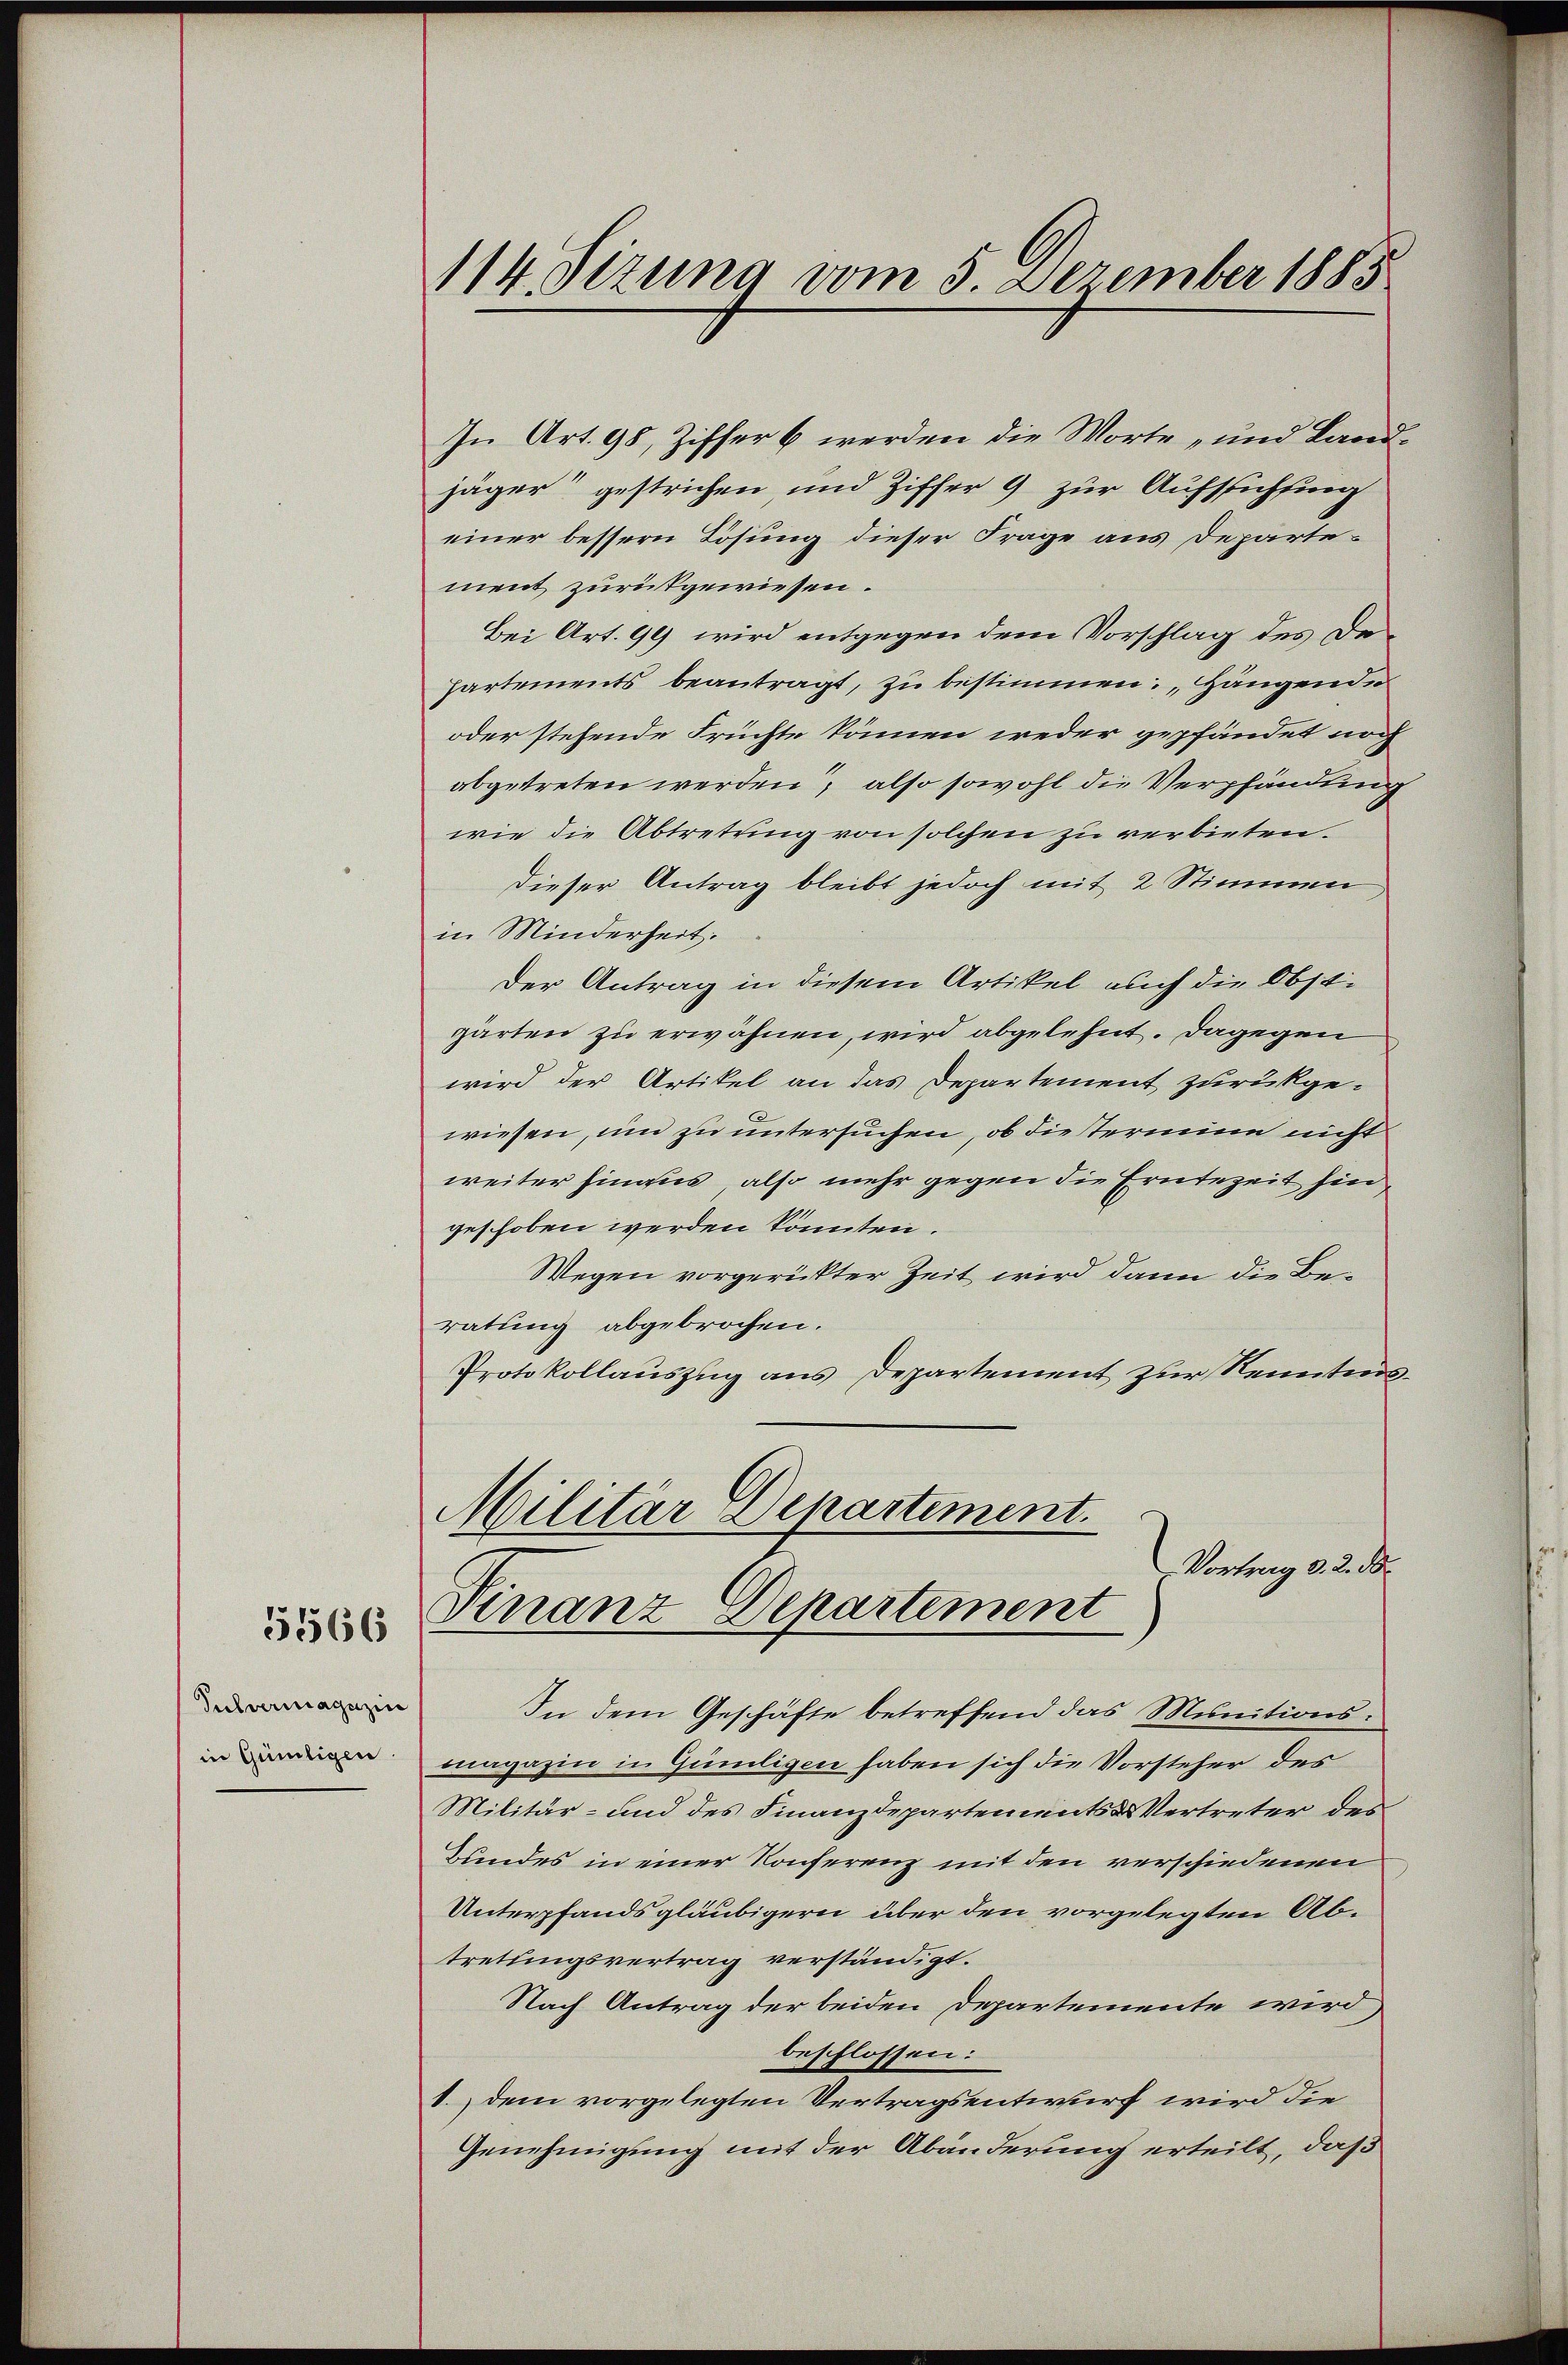
5566

Pulvermagazin
in Güniligen.

In Art. 98, Ziffer 6 werden die Worte „und Landjäger“ gestrichen, und Ziffer 9 zur Aufsichtung
einer bessern Lösung dieser Frage aus Departement zurückgewiesen.
Bei Art. 99 wird entgegen dem Vorschlag des Dehartements beantragt, zu bestimmen. Hängen de
oder stehende Früchte können weder gepfändet noch
abgetreten werden, also sowohl die Verpfändung
wie die Abtretung von solchen zu verbieten.
dieser Antrag bleibt jedoch mit 2 Stimmen,
in Minderheit.
Der Antrag in diesem Artikel auch die Obstgärten zu erwähnen, wird abgelehnt. Dagegen
wird der Artikel an das Departement zurückge-
wiesen, um zu untersuchen, ob die termin nicht
weiter hinaus, also mehr gegen die Erntezeit hingeschoben werden könnten.
Wegen vorgerückter Zeit wird dann die Beratung abgebrochen.
Protokollauszug aus Departement zur Kenntens¬
Militär Departement.
Vortrag d. 2. de
Finanz Departement
In dem Geschäfte betreffend das Munitionsmagazin in Günligen haben sich die Vorsteher des
Militär- und des Finanzdepartements Vertreter des
Bundes in einer Konferenz mit den verschiedenen
Unterpfandsgläubigern über den vorgelegten Abtretungsvertrag verständigt.
Nach Antrag der beiden Departemente wird,
beschlossen:
1. dem vorgelegten Vertragsentwurf wird die
Genehmigung mit der Abänderung erteilt, daß

114. Sizung vom 5. Dezember 1885